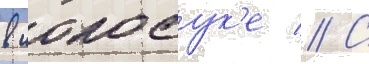
в иокосук'е // С